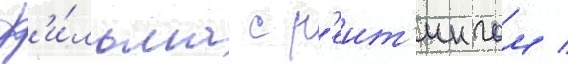
ф'и́льма с р'еит'ингом /